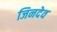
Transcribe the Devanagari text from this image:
जिनदेव